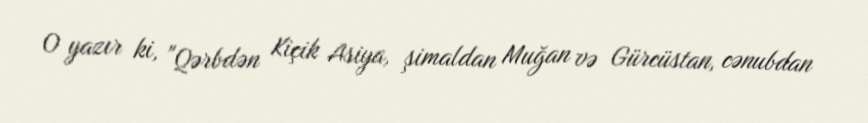
O yazır ki, "Qərbdən Kiçik Asiya, şimaldan Muğan və Gürcüstan, cənubdan